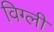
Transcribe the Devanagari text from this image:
विग्ली